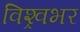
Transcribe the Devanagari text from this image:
विश्र्वभर